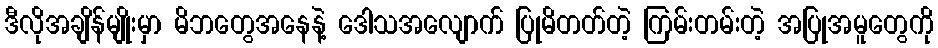
ဒီလိုအချိန်မျိုးမှာ မိဘတွေအနေနဲ့ ဒေါသအလျောက် ပြုမိတတ်တဲ့ ကြမ်းတမ်းတဲ့ အပြုအမူတွေကို